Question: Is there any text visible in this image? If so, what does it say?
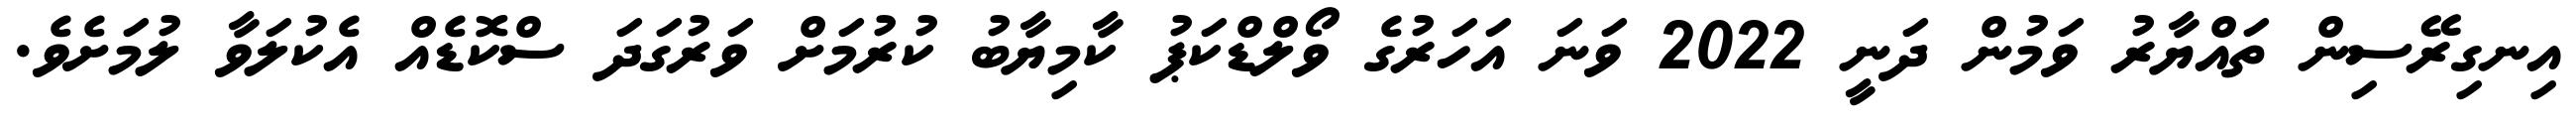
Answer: އިނގިރޭސިން ތައްޔާރު ވަމުން ދަނީ 2022 ވަނަ އަހަރުގެ ވޯލްޑްކަޕު ކާމިޔާބު ކުރުމަށް ވަރުގަދަ ސްކޮޑެއް އެކުލަވާ ލުމަށެވެ.